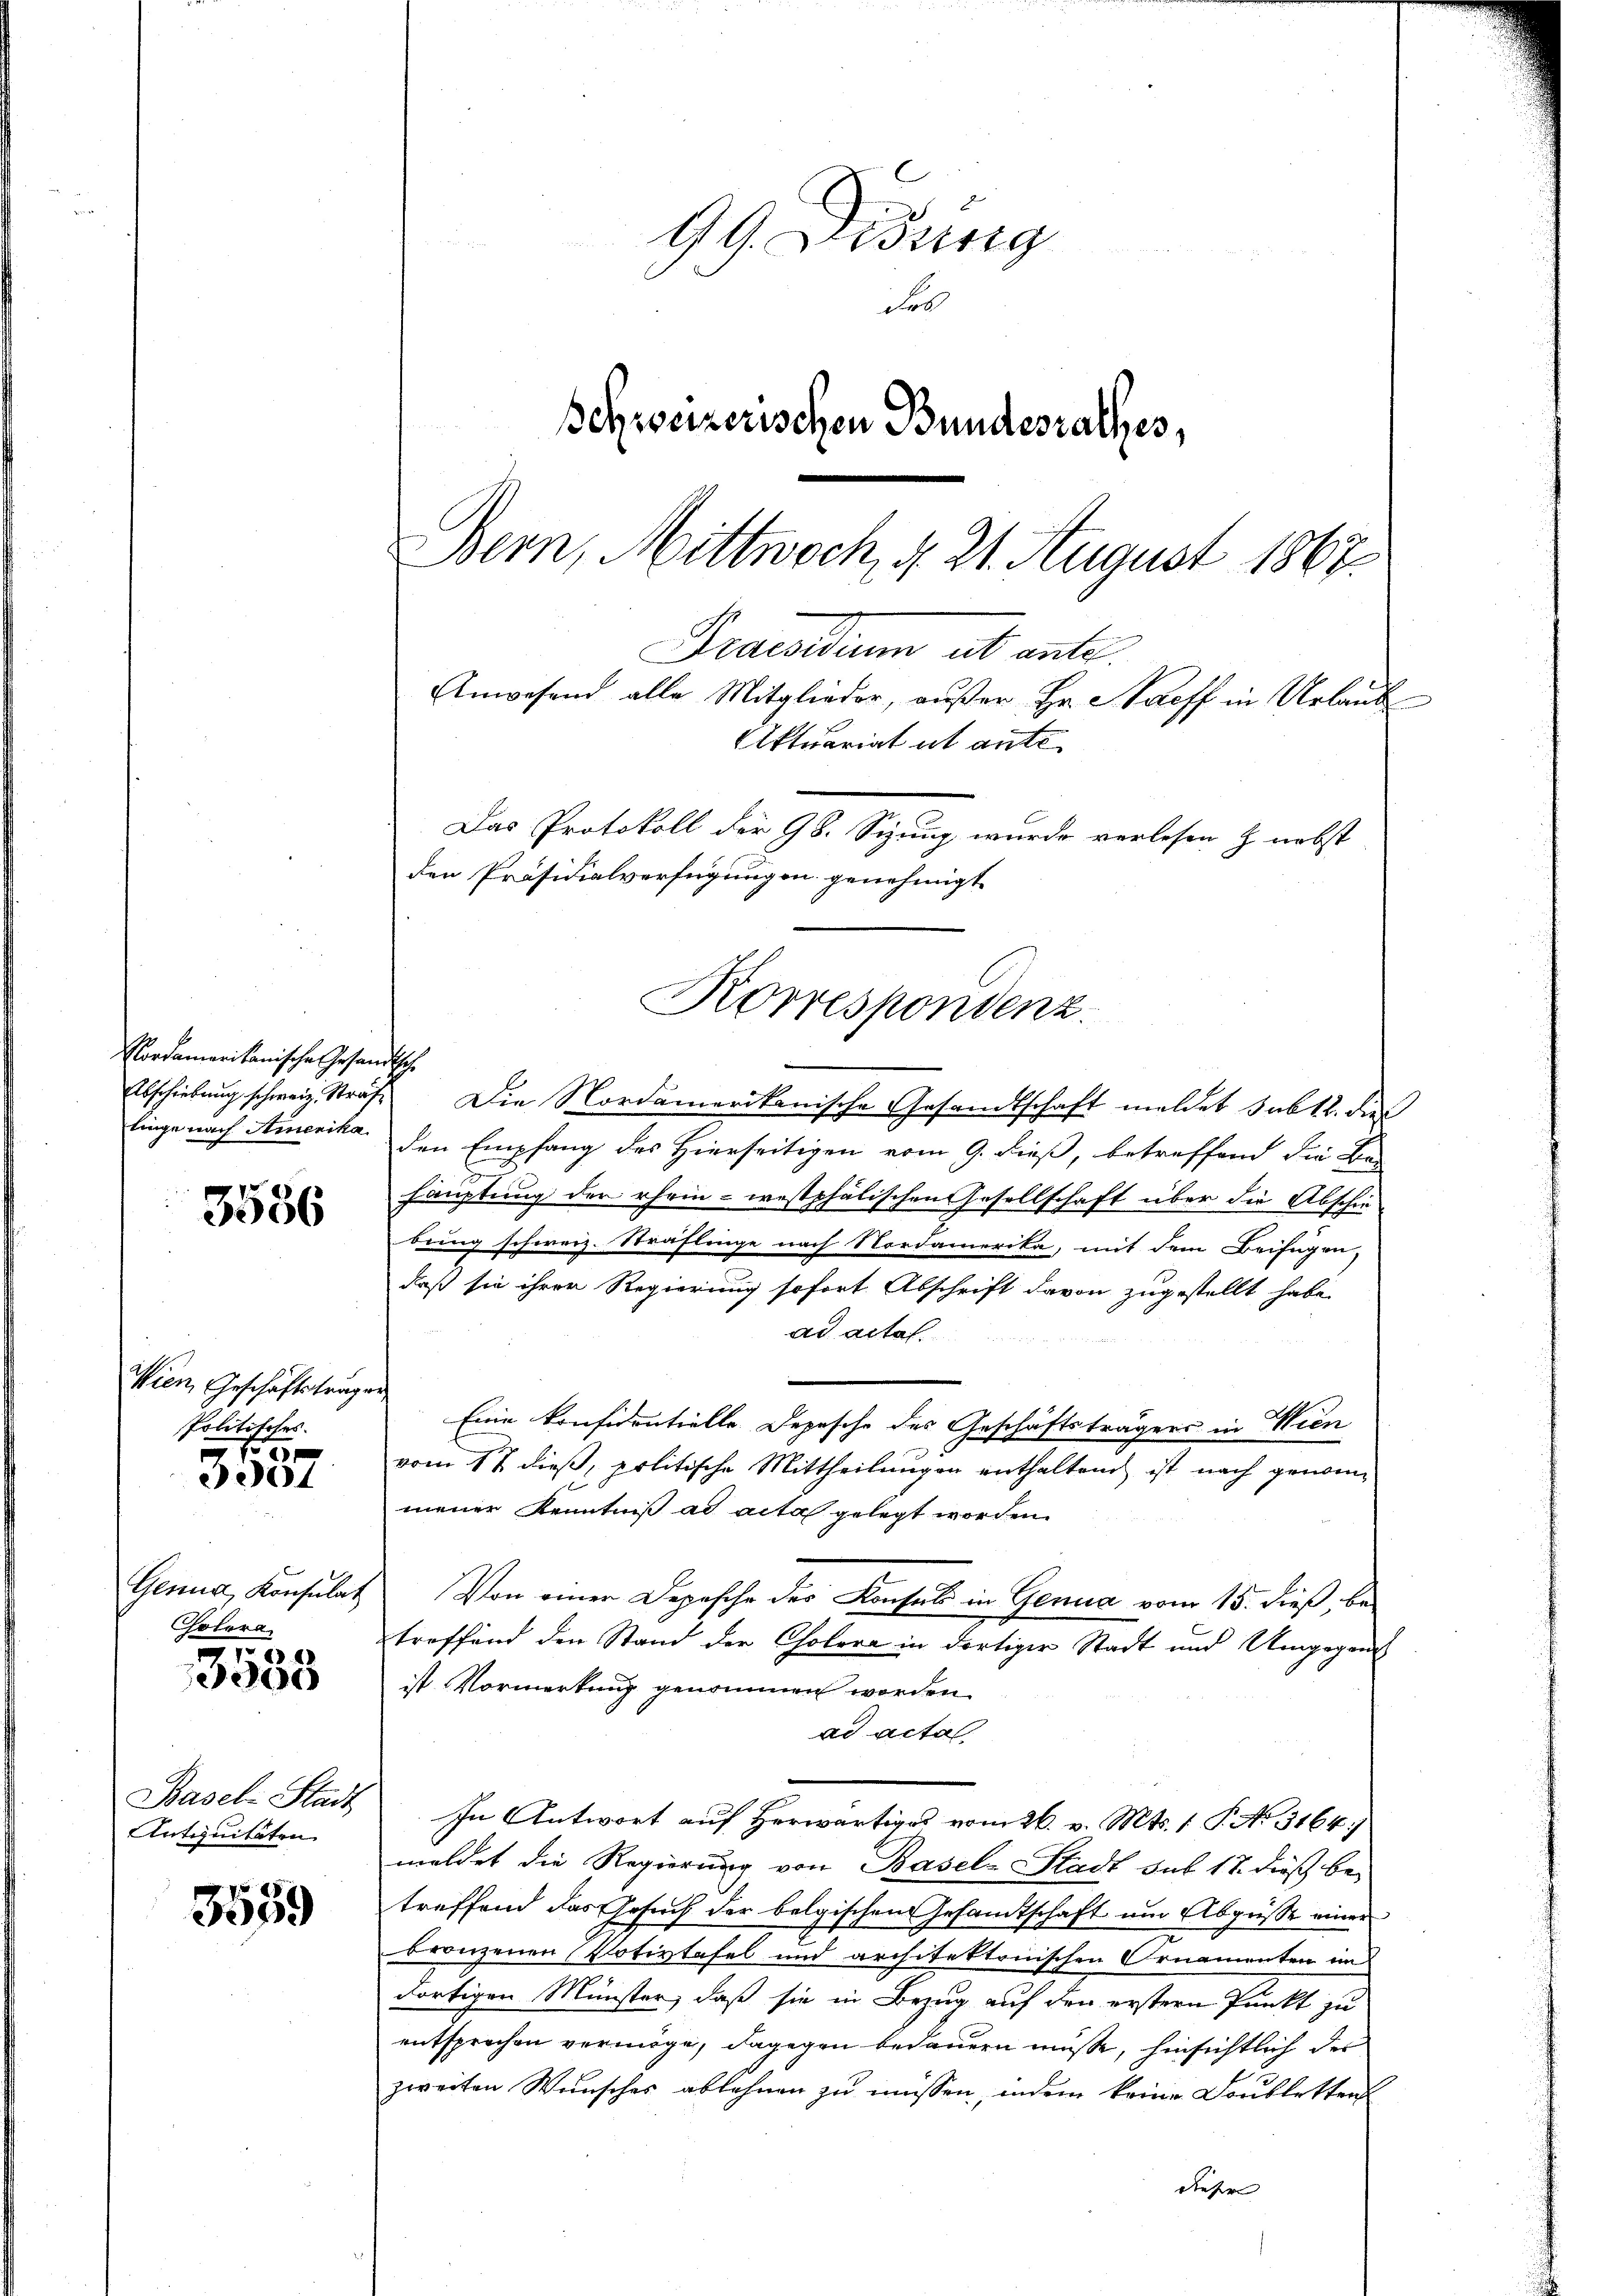
Nordamerikanische Gesandtsche
linge nach Amerika

3586

Wien Geschäftsträge
Politisches.

f
e

Genua, Konsulat
Cholera

.
3300

Basel-Stadt
Antiquitäten

3559

99 Didung
Fer
Schweizerischen Bundesrathes,
Bern, Mittwoch, d. 21. August 1867.
Paradium ab ante
Anwesend alle Mitglieder, außer Hr. Saeff in Urlaub

Aktuariat ut ante
Das Protokoll der 98. Sizung wurde verlesen & nebst
den Präsidialverfügungen genehmigt
Korrespondenz.
Abschiebung schweiz. Strafe. Die Nordamerikanische Gesandtschaft meldet sub 12. dies

den Empfang des Hierseitigen vom 9. dieß, betreffend die Be-
hauptung der ehrin - westphälischen Gesellschaft über die Abschie-
bung schweiz. Sträflinge nach Nordamerika, mit dem Beifügen,
daß sie ihrer Regierung sofort Abschrift davon zugestellt habe,
ad actal.
Eine konfidentielle Depesche des Geschäftsträgers in Wien
vom 17 dieß, politische Mittheilungen enthaltend ist nach genommener Kenntniß ad acta gelegt worden.
Von einer Depesche des Konsuls in Genua vom 15. dieß, betreffend den Stand der Cholera in dortiger Stadt und Umgegen
ist Vormerkung genommen worden.
ad acta.
In Antwort auf Herwärtiges vom 26. v. Mts. 1. P. No. 3164)
meldet die Regierung von Basel-Stadt sub 17. dieß betreffend das Gesuch der belgischen Gesamtschaft um Abgüße einer
bronzenen Potivtafel und architektonischen Ornamenten in
dortigen Münster, daß sie in Bezug auf den erstern Punkt zu
entsprechen vermöge, dagegen bedauern müsse, hinsichtlich des
zweiten Wunsches ablehnen zu müssen, indem keine Doubletten
dieser |